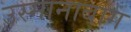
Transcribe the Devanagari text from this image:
उस्मानाबाग